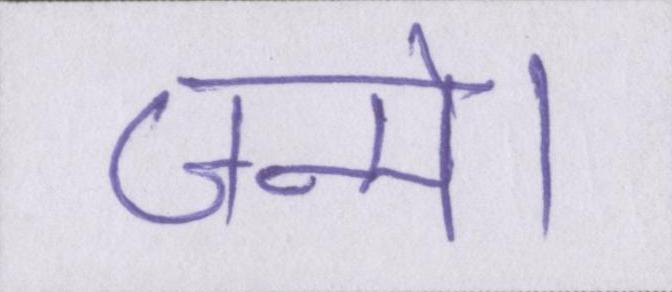
जन्मे।